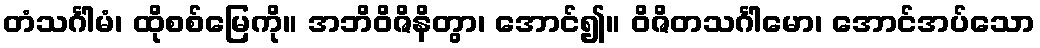
တံသင်္ဂါမံ၊ ထိုစစ်မြေကို။ အဘိဝိဇိနိတွာ၊ အောင်၍။ ဝိဇိတသင်္ဂါမော၊ အောင်အပ်သော